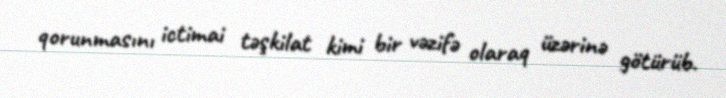
qorunmasını ictimai təşkilat kimi bir vəzifə olaraq üzərinə götürüb.